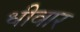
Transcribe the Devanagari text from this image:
धीवार